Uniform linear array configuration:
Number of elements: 16
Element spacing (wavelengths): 1
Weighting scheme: exponential
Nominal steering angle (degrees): -15
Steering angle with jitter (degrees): -16.928
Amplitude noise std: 0.05
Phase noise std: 0.05

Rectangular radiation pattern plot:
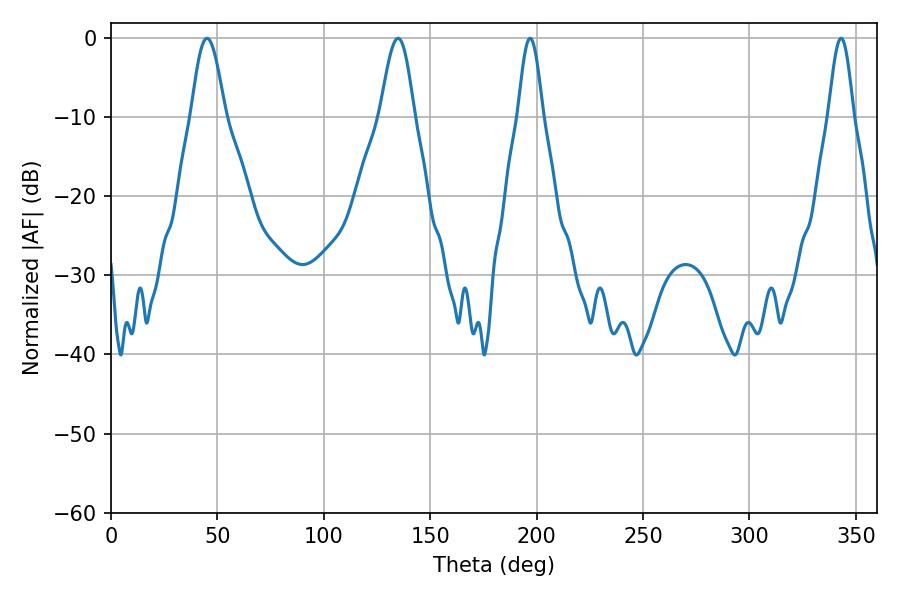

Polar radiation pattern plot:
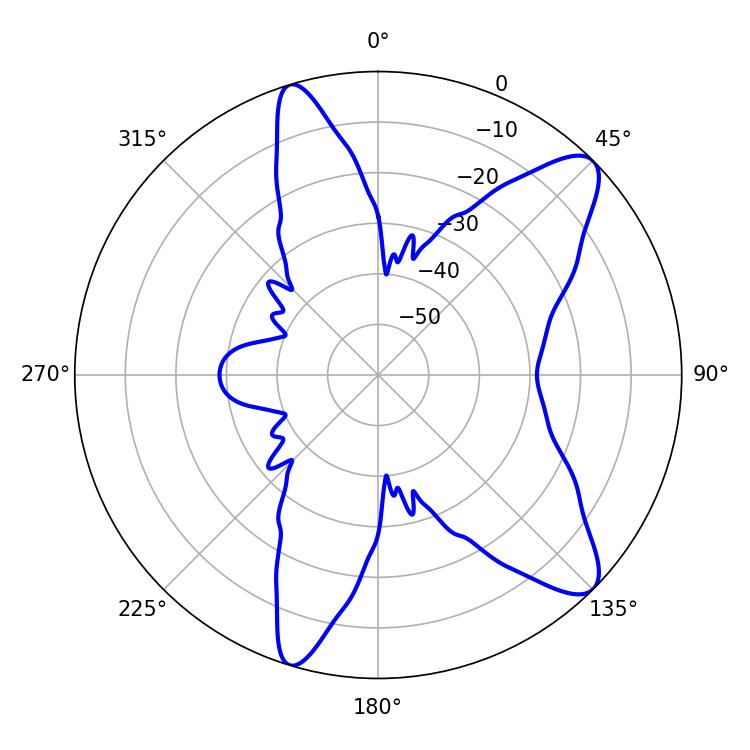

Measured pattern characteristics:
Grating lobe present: TRUE
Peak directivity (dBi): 10.527
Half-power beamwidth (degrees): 6.3
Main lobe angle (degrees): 196.92